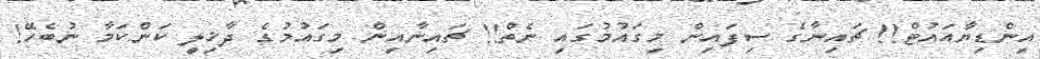
އިންޑިޔާއައުޓް!! ޗައިނާގެ ސިފައިން މިގައުމުގައި ނެތް!! ޗައިނާއިން މިގައުމުގެ ދާޚިލީ ކަންކަމާ ނުބެހޭ!